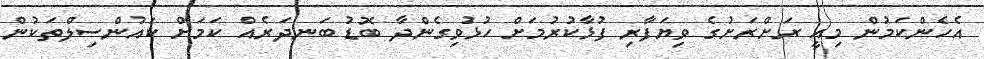
އެހެންކަމުން މިއީ ރަށްރަށުގެ ވިޔަފާރި ފުޅާކުރުމަށް ހުޅުވިގެންދާ ބޮޑު ބަނދަރެއް ކަމަށް ކައުންސިލްތަކުން